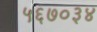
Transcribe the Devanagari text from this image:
५६७०३४